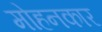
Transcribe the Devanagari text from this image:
मोहनकार